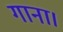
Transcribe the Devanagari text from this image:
गाना।